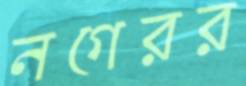
নগেরর